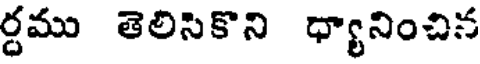
ర్దము తెలిసికొని ధ్యానించిన